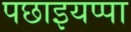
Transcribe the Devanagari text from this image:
पछाइयप्पा